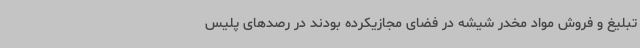
تبلیغ و فروش مواد مخدر شیشه در فضای مجازیکرده بودند در رصدهای پلیس